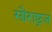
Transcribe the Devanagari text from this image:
सौराष्ट्रज